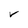
Character: V